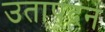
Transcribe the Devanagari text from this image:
उतापदन